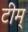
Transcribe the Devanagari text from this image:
टीम्